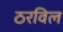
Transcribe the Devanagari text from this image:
ठरविल